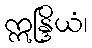
ဣန္ဒြိယံ၊